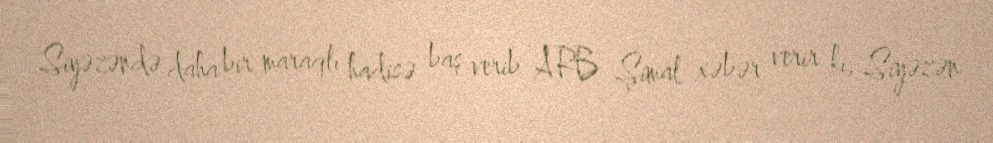
Siyəzəndə daha bir maraqlı hadisə baş verib ARB Şimal xəbər verir ki, Siyəzən